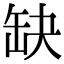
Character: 缺